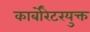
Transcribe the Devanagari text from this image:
कार्बोरेटरयुक्त